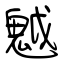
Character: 魆